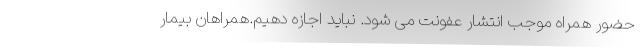
حضور همراه موجب انتشار عفونت می شود. نباید اجازه دهیم.همراهان بیمار